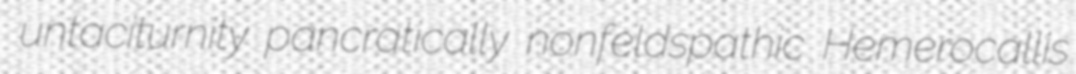
untaciturnity pancratically nonfeldspathic Hemerocallis